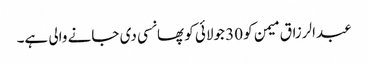
عبدالرزاق میمن کو 30 جولائی کو پھانسی دی جانے والی ہے۔